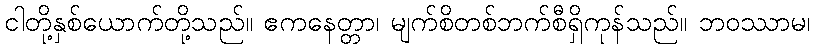
ငါတို့နှစ်ယောက်တို့သည်။ ဧကနေတ္တာ၊ မျက်စိတစ်ဘက်စီရှိကုန်သည်။ ဘဝဿာမ၊